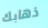
ذهابك